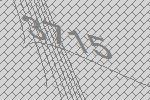
3715